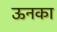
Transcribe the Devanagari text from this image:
ऊनका